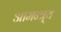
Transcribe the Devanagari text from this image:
आमन्त्र्य